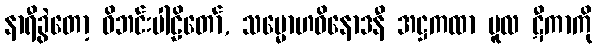
နာရီခွဲတော့ ဝိဘင်းပါဠိတော်, သမ္မောဟဝိနောဒနီ အဋ္ဌကထာ မူလ ဋီကာကို